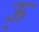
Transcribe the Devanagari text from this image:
ऊ्